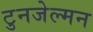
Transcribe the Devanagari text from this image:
टुनजेल्मन